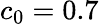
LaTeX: c_{0}=0.7